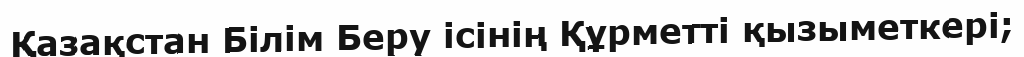
Қазақстан Білім Беру ісінің Құрметті қызыметкері;